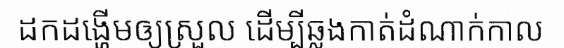
ដកដង្ហើមឲ្យស្រួល ដើម្បីឆ្លងកាត់ដំណាក់កាល